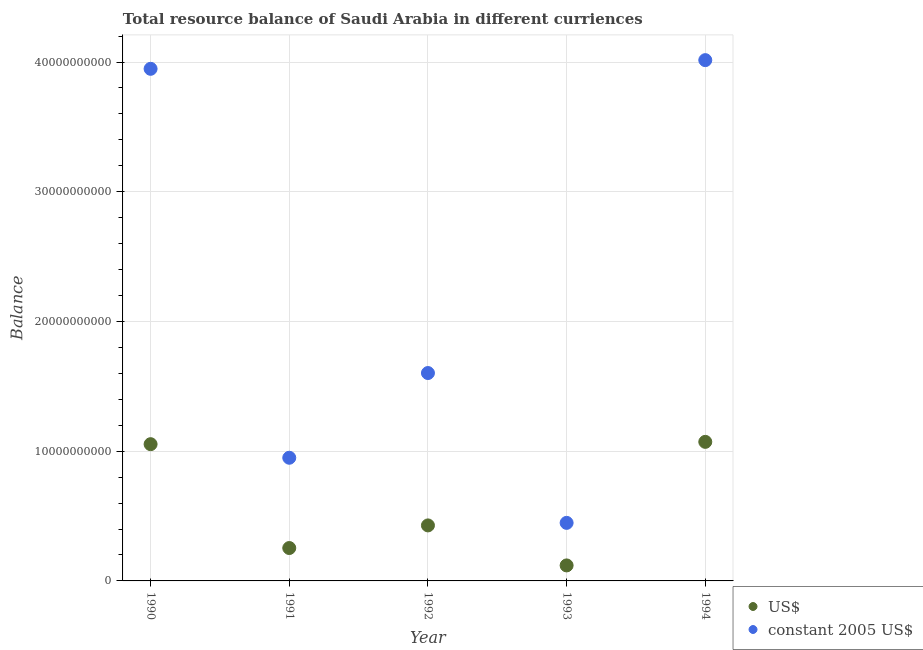
| Year | US$ | constant 2005 US$ |
 | --- | --- | --- |
 | 1990 | 1.05e+10 | 3.95e+10 |
 | 1991 | 2.54e+09 | 9.5e+09 |
 | 1992 | 4.28e+09 | 1.6e+10 |
 | 1993 | 1.19e+09 | 4.48e+09 |
 | 1994 | 1.07e+10 | 4.01e+10 |